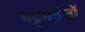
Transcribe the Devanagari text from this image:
भट्टभड़ंतों